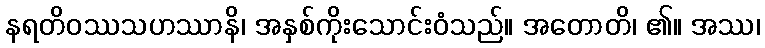
နရတိဝဿသဟဿာနိ၊ အနှစ်ကိုးသောင်းဝံသည်။ အတောတိ၊ ၏။ အဿ၊